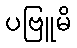
ပဗြူမိ